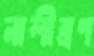
নালীব্রণ